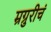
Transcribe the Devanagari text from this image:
म्रग्रुरीचं